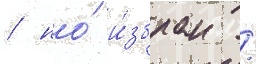
/ но́ и́збран /